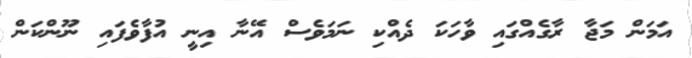
އަމަން މަޖާ ރާގެއްގައި ވާހަކަ ދެއްކި ނަމަވެސް އޭނާ އިނީ އުފާވެފައި ނޫންކަން